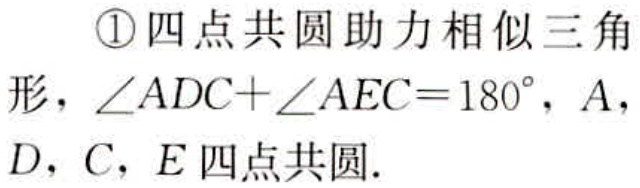
\textcircled{1}四点共圆助力相似三角

形，\(\angle ADC + \angle AEC = 180^{\circ}\)，\(A\)，

\(D\)，\(C\)，\(E\)四点共圆.